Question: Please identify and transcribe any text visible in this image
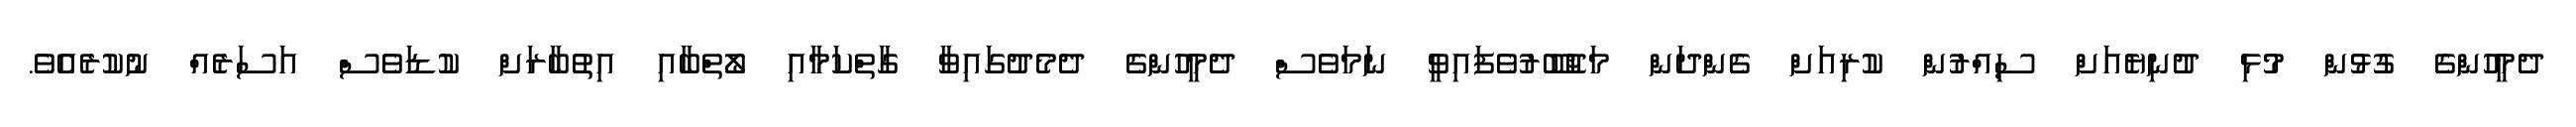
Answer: ދެމީހުންގެ ގުޅުން މުޅި ދުނިޔެއަށް ސިއްރުން ކުރިއަށް ގެންދަން މަޖުބޫރުވެފައިވީ ނަމަވެސް ދެމީހުންގެ ދެމެދުގައިވާ ގާތްކަމާއި ލޯތްބާއި އިތުބާރަށް ކުޑަވެސް އަސަރެއް ނުކުރެއެވެ.